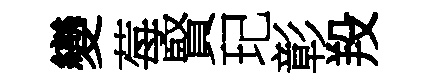
變莓賢玘彰羖